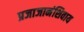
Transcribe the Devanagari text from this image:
प्रजाजानंशिवाय